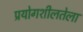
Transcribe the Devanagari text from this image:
प्रयोगशीलतेला